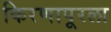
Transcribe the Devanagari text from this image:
किरणापूरला